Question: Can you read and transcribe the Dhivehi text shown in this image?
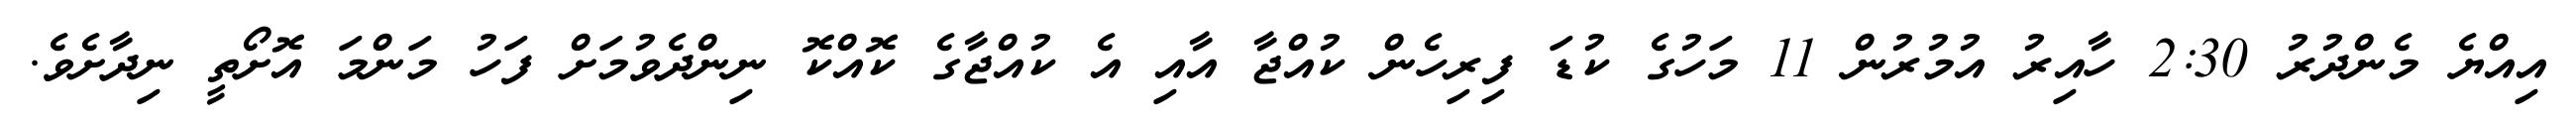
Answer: އިއްޔެ މެންދުރު 2:30 ހާއިރު އުމުރުން 11 މަހުގެ ކުޑަ ފިރިހެން ކުއްޖާ އާއި އެ ކުއްޖާގެ ކޮއްކޮ ނިންދެވުމަށް ފަހު މަންމަ އޮށޯތީ ނިދާށެވެ.